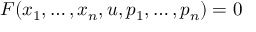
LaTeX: F ( x _ { 1 } , \dots , x _ { n } , u , p _ { 1 } , \dots , p _ { n } ) = 0